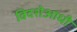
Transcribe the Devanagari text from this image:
विदशेआधी